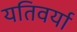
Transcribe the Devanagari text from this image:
यतिवर्या